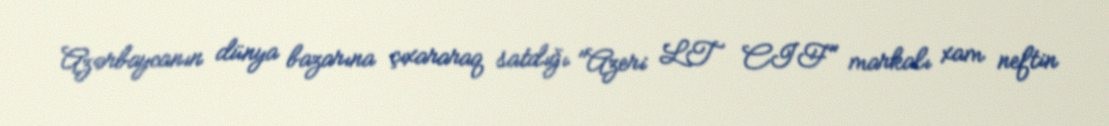
Azərbaycanın dünya bazarına çıxararaq satdığı "Azeri LT CIF" markalı xam neftin